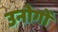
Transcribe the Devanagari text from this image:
उनोगों